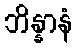
ဘိန္နာနံ